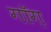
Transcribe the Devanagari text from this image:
गॉग़